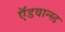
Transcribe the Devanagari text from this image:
ऍडवान्स्ड